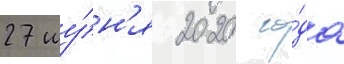
27 иу́н'я 2020 го́да